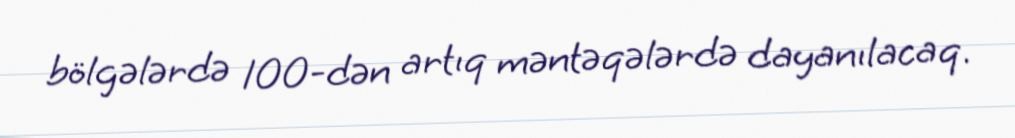
bölgələrdə 100-dən artıq məntəqələrdə dayanılacaq.